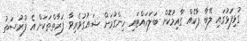
ގުޅިފަޅުގައި ލޭބާ ޕާކެއް ގާއިމުކޮށް ބަލަހައްޓައި ހިންގުމަށް ޝައުގުވެރިވާ ފަރާތްތަކަށް އެ ފުރުސަތު